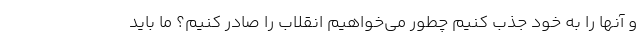
و آنها را به خود جذب کنیم چطور می‌خواهیم انقلاب را صادر کنیم؟ ما باید